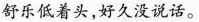
舒乐低着头，好久没说话。